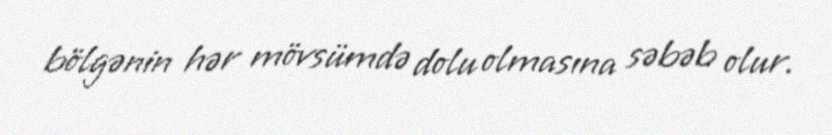
bölgənin hər mövsümdə dolu olmasına səbəb olur.